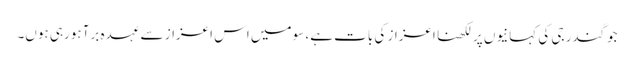
جوگندر جی کی کہانیوں پر لکھنا اعزاز کی بات ہے، سو میں اس اعزاز سے عہدہ برآ ہورہی ہوں۔